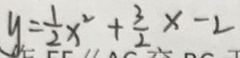
y = \frac { 1 } { 2 } x ^ { 2 } + \frac { 3 } { 2 } x - 2